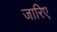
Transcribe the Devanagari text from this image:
जारिए